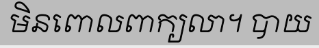
មិនពោលពាក្យលា។ បាយ